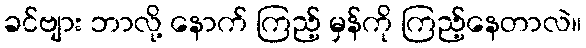
ခင်ဗျား ဘာလို့ နောက် ကြည့် မှန်ကို ကြည့်နေတာလဲ။